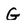
Character: G